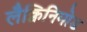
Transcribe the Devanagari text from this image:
लैक्विनिमोड